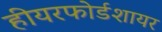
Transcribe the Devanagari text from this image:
हीयरफोर्डशायर